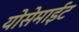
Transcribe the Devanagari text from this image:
योसेमाईट